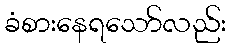
ခံစားနေရသော်လည်း